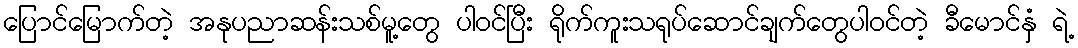
ပြောင်မြောက်တဲ့ အနုပညာဆန်းသစ်မူ့တွေ ပါဝင်ပြီး ရိုက်ကူးသရုပ်ဆောင်ချက်တွေပါဝင်တဲ့ ခီမောင်နှံ ရဲ့